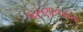
પરણાવવામા